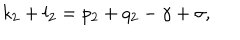
LaTeX: k _ { 2 } + l _ { 2 } = p _ { 2 } + q _ { 2 } - \gamma + \sigma ,